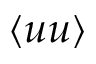
\left< u u \right>